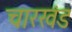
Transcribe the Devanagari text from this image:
चारखंड